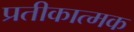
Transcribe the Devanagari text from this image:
प्रतीकात्‍मक